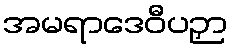
အမရာဒေဝီပဉှာ